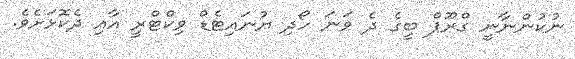
ނުކުންނާނީ ގްރޫޕް ބީގެ ދެ ވަނަ ހޯދި ޔުނައިޓެޑް ވިކްޓްރީ އާއި ދެކޮޅަށެވެ.